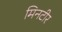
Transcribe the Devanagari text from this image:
मिनटीर